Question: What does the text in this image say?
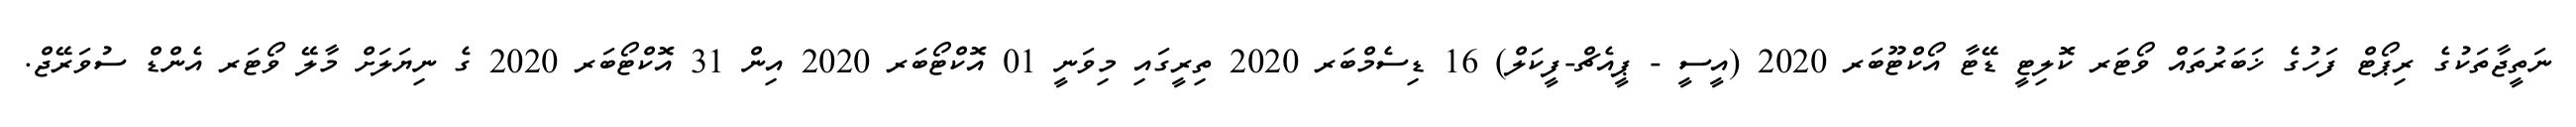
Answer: ނަތީޖާތަކުގެ ރިޕޯޓް ފަހުގެ ޚަބަރުތައް ވޯޓަރ ކޮލިޓީ ޑޭޓާ އޯކްޓޫބަރ 2020 (އީސީ - ޕީއެޗް-ފީކަލް) 16 ޑިސެމްބަރ 2020 ތިރީގައި މިވަނީ 01 އޮކްޓޯބަރ 2020 އިން 31 އޮކްޓޯބަރ 2020 ގެ ނިޔަލަށް މާލޭ ވޯޓަރ އެންޑް ސުވަރޭޖް.